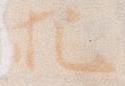
把